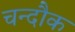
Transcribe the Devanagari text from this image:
चन्दौक